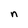
Character: n